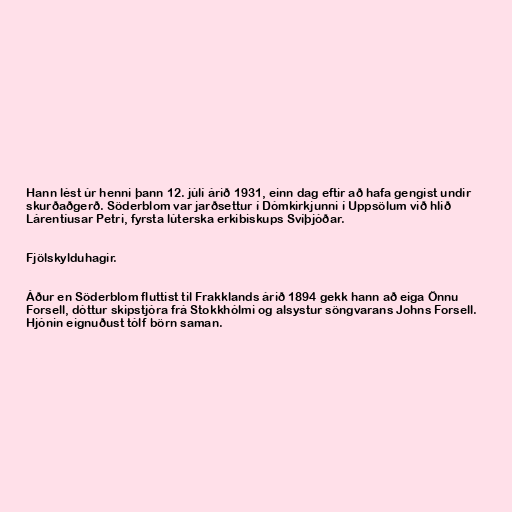
Hann lést úr henni þann 12. júlí árið 1931, einn dag eftir að hafa gengist undir
skurðaðgerð. Söderblom var jarðsettur í Dómkirkjunni í Uppsölum við hlið
Lárentíusar Petri, fyrsta lúterska erkibiskups Svíþjóðar.

Fjölskylduhagir.

Áður en Söderblom fluttist til Frakklands árið 1894 gekk hann að eiga Önnu
Forsell, dóttur skipstjóra frá Stokkhólmi og alsystur söngvarans Johns Forsell.
Hjónin eignuðust tólf börn saman.